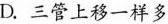
D.三管上移一样多